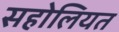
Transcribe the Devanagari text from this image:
सहोलियत